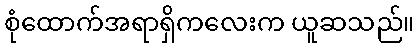
စုံထောက်အရာရှိကလေးက ယူဆသည်။